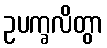
ဥပက္ခလိတွာ